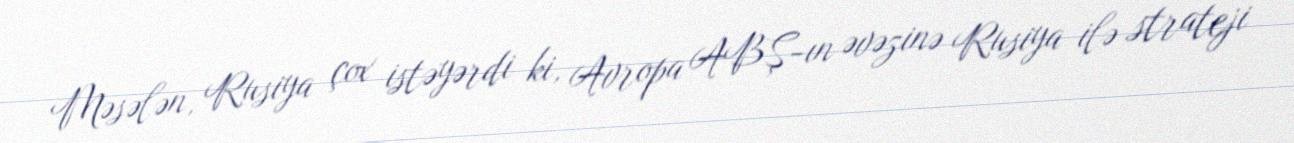
Məsələn, Rusiya çox istəyərdi ki, Avropa ABŞ-ın əvəzinə Rusiya ilə strateji